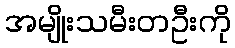
အမျိုးသမီးတဦးကို